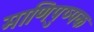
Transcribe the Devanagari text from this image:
माणिपुष्पक